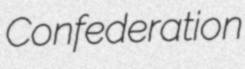
Confederation